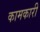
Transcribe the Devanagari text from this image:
कामकारी